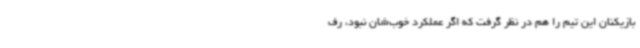
بازیکنان این تیم را هم در نظر گرفت که اگر عملکرد خوب‌شان نبود، رف